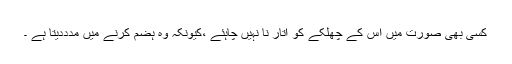
کسی بھی صورت میں اس کے چھلکے کو اتار نا نہیں چاہئے ،کیونکہ وہ ہضم کرنے میں مدددیتا ہے ۔